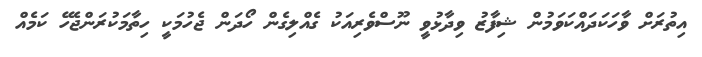
އިތުރަށް ވާހަކަދައްކަވަމުން ޝިފާޒު ވިދާޅުވީ ނޫސްވެރިއަކު ގެއްލިގެން ހޯދަން ޖެހުމަކީ ހިތާމަކުރަންޖެހޭ ކަމެއް